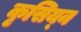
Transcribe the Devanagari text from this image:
कृसिय्न